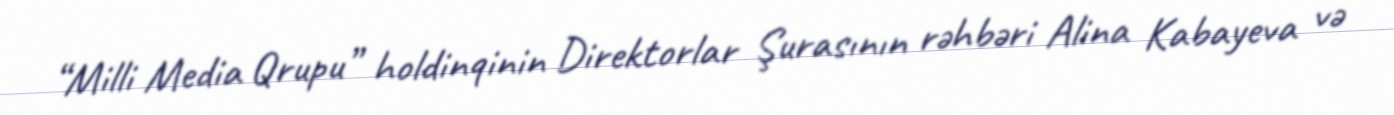
“Milli Media Qrupu” holdinqinin Direktorlar Şurasının rəhbəri Alina Kabayeva və